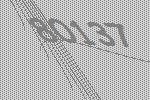
80137